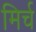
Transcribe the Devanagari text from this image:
मिर्च